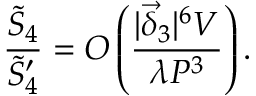
\frac { \tilde { S } _ { 4 } } { \tilde { S } _ { 4 } ^ { \prime } } = O \left( \frac { | \vec { \delta } _ { 3 } | ^ { 6 } V } { \lambda { \cal P } ^ { 3 } } \right) .